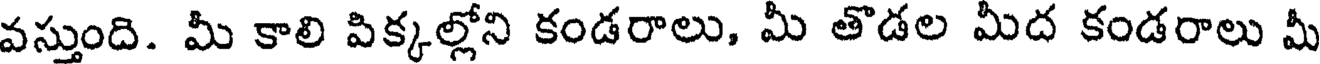
వస్తుంది. మీ కాలి పిక్కల్లోని కండరాలు, మీ తొడల మీద కండరాలు మీ